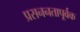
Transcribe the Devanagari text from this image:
प्रसननतापूर्वक